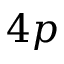
4 p